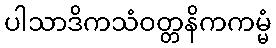
ပါသာဒိကသံဝတ္တနိကကမ္မံ